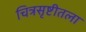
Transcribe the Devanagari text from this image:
चित्रसृष्टीतला